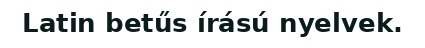
Latin betűs írású nyelvek.